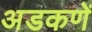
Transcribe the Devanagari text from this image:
अडकणें